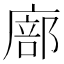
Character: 廍